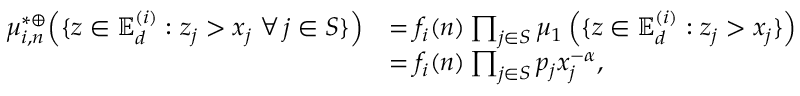
\begin{array} { r l } { \mu _ { i , n } ^ { * \oplus } \Big ( \{ \boldsymbol z \in \mathbb { E } _ { d } ^ { ( i ) } : z _ { j } > x _ { j } \; \forall \, j \in S \} \Big ) } & { = f _ { i } ( n ) \prod _ { j \in S } \mu _ { 1 } \left( \{ \boldsymbol z \in \mathbb { E } _ { d } ^ { ( i ) } : z _ { j } > x _ { j } \} \right) } \\ & { = f _ { i } ( n ) \prod _ { j \in S } { p _ { j } } x _ { j } ^ { - \alpha } , } \end{array}